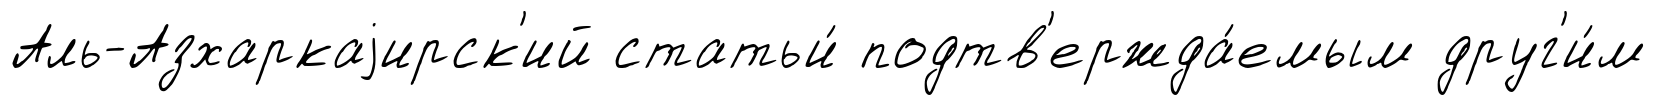
Аль-Азхаркаjирск'ий статьи́ подтв'ержда́емым друг'и́м